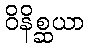
ဝိနိစ္ဆယာ